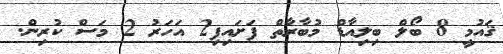
ޤައުމީ 8 ބޯލް ބިލިއާޑް މުބާރާތް ފަށައިފި2 އަހަރު 2 މަސް ކުރިން.